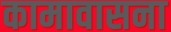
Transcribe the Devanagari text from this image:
कामावासना